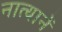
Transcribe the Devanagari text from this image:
नात्यानें